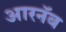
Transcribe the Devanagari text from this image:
आरनॅब